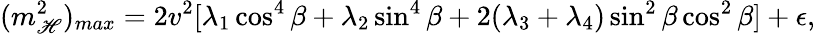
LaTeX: (m_{\mathscr{H}}^{2})_{max}=2v^{2}[\lambda_{1}\cos^{4}\beta+\lambda_{2}\sin^{4}\beta+2(\lambda_{3}+\lambda_{4})\sin^{2}\beta\cos^{2}\beta]+\epsilon,